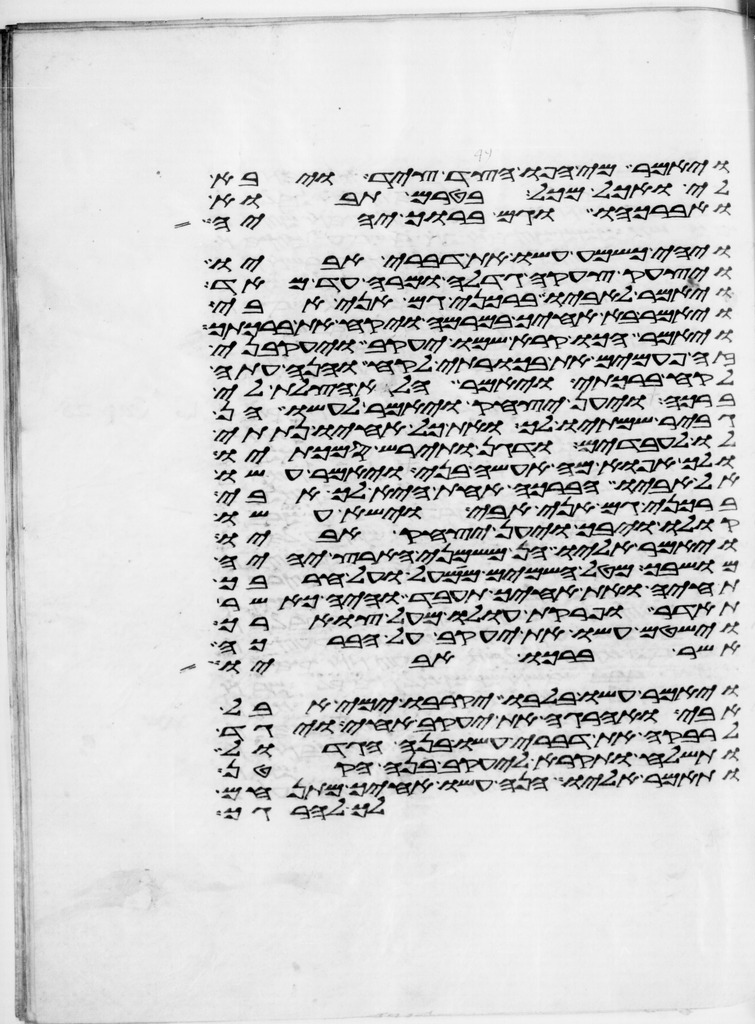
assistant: ויאמר מי אפו הצד ציד ויבא
לי ואכל מכל בטרם תבוא
ואברכהו וגם ברוך יהיה
ויהי כשמע עשו את דברי אביו
ויצעק צעקה גדלה ומרה עד מאד
ויאמר לאביו ברכני גם אני אבי
ויאמר בא אחיך במרמה ויקח את ברכתך
ויאמר הכו קרא שמו יעקב ויעקבני
זה פעמים את בכרתי לקח והנה עתה
לקח ברכתי ויאמר הלא הצלת לי
ברכה ויען יצחק ויאמר לעשו הן
גביר שמתיו לך ואת כל אחיו נתתי
לו לעבדים ודגן ותירש סמכתיו
ולך אפוא מה אעשה בני ויאמר עשו
אל אביו הברכה אחת היא לך אבי
ברכני גם אני אבי וישא עשו
קולו ויבך ויען יצחק אביו
ויאמר אליו הן משמני הארץ יהיה
מושבך מטל השמים ממעל ועל חרבך
תחיה ואת אחיך תעבד והיה כאשר
תהדר ופרקת עולו מעל צוארך
וישטם עשו את יעקב על הברכה
אשר ברכו אביו
ויאמר עשו בלבו יקרבו ימי אבל
אבי ואהרגה את יעקב אחי ויגד
לרבקה את דברי עשו בנה הגדול
ותשלח ותקרא ליעקב בנה הקטן
ותאמר אליו הנה עשו אחיך מתנחם
לך להרגך